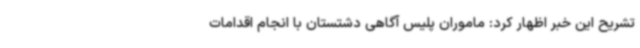
تشریح این خبر اظهار کرد: ماموران پلیس آگاهی دشتستان با انجام اقدامات